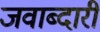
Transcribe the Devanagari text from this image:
जवाब्दारी